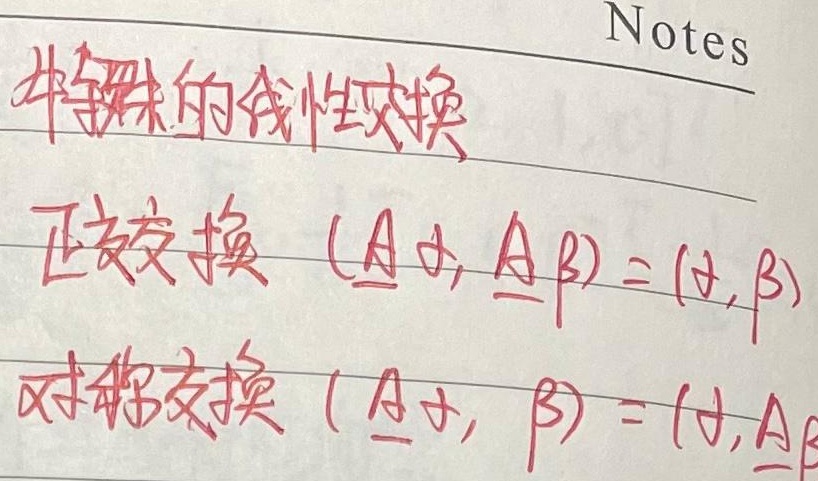
特殊的线性变换：
正交变换：\((\underline{A}\alpha,\underline{A}\beta)=(\alpha,\beta)\)
对称变换：\((\underline{A}\alpha,\beta)=(\alpha,\underline{A}\beta)\)